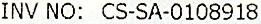
INV NO: CS-SA-0108918